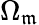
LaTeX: \Omega_{\mathfrak{m}}